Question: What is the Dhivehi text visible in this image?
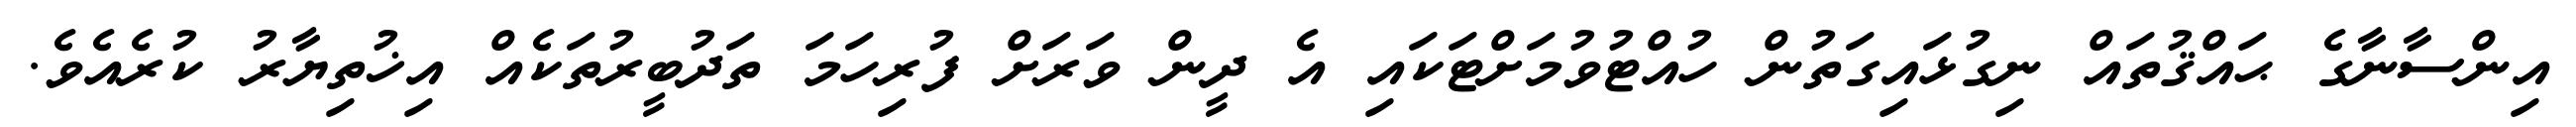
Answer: އިންސާނާގެ ޙައްޤުތައް ނިގުޅައިގަތުން ހުއްޓުވުމަށްޓަކައި އެ ދީން ވަރަށް ފުރިހަމަ ތަދުބީރުތަކެއް އިޚުތިޔާރު ކުރެއެވެ.